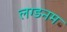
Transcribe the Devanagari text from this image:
लग्डनम